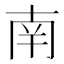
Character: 南